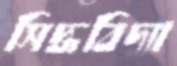
সিদ্ধবিদ্যা